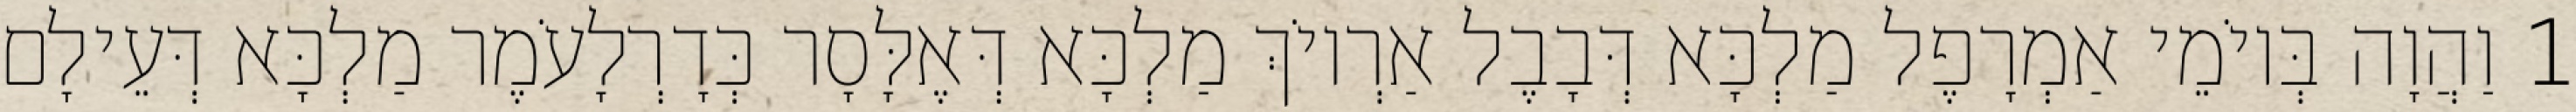
1 וַהֲוָה בְּיוֹמֵי אַמְרָפֶל מַלְכָּא דְּבָבֶל אַרְיוֹךְ מַלְכָּא דְּאֶלָּסָר כְּדָרְלָעֹמֶר מַלְכָּא דְּעֵילָם